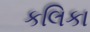
કલિકા